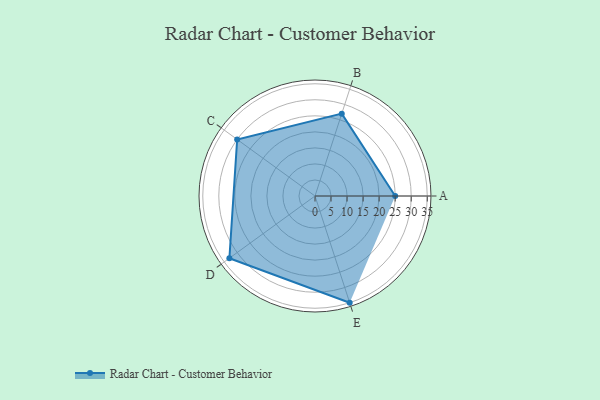
{"axis": {"x": "Skill", "y": "Score"}, "legend": ["Profile"], "data": [{"x": "A", "y": 25.0, "type": "Profile"}, {"x": "B", "y": 27.0, "type": "Profile"}, {"x": "C", "y": 30.0, "type": "Profile"}, {"x": "D", "y": 33.0, "type": "Profile"}, {"x": "E", "y": 35.0, "type": "Profile"}]}